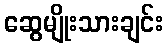
ဆွေမျိုးသားချင်း